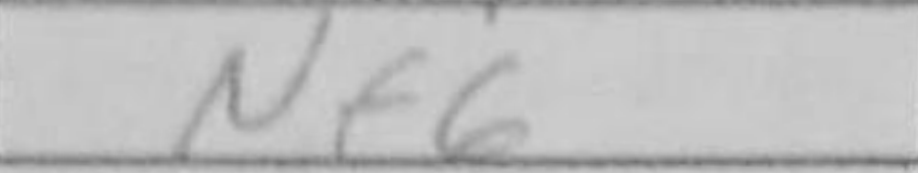
Transcription: Nf6